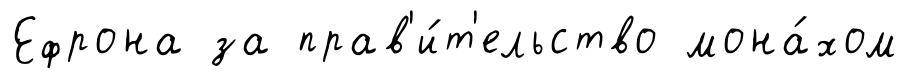
Ефрона за прав'и́т'ельство мона́хом